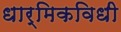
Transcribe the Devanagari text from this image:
धार्मिकविधी